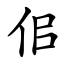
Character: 佀